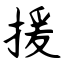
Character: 援